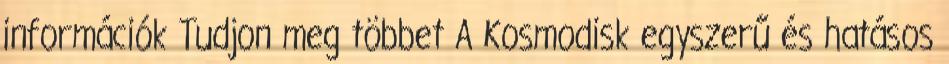
információk Tudjon meg többet A Kosmodisk egyszerű és hatásos